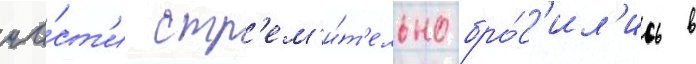
ча́ст'и стр'ем'и́т'ельно бро́с'ил'ись в